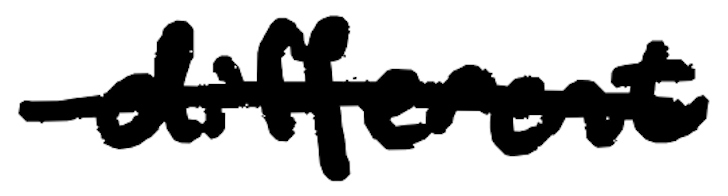
Text: different
Cross-out: single-line
Writing tool: digital_black